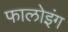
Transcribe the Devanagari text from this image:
फालोइंग